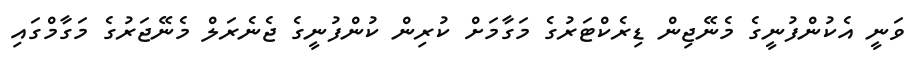
ވަނީ އެކުންފުނީގެ މެނޭޖިން ޑިރެކްޓަރުގެ މަގާމަށް ކުރިން ކުންފުނީގެ ޖެނެރަލް މެނޭޖަރުގެ މަގާމްގައި